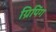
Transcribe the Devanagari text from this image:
ग्रिपिंग